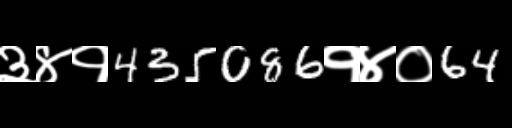
Text: ३४१435086१४०64